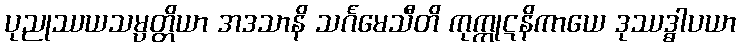
ပုညုဿယသမ္ပတ္တိယာ အဒသာနိ သင်္ဂမေသီတိ ကုက္ကုဋနိကာယေ ဒုဿဒ္ဓါပယာ